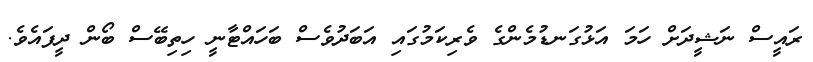
ރައީސް ނަޝީދަށް ހަމަ އަޅުގަނޑުމެންގެ ވެރިކަމުގައި އަބަދުވެސް ބަހައްޓާނީ ހިތިބޭސް ބޯން ދީފައެވެ.